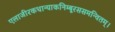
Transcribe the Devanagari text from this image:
एलाजीरकधान्याकनिम्बूरससमन्वितम्।